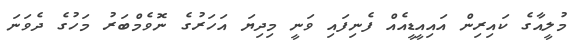
މުލީއާގެ ކައިރިން އައިއީޑީއެއް ފެނިފައި ވަނީ މިދިޔަ އަހަރުގެ ނޮވެމްބަރު މަހުގެ ދެވަނަ